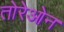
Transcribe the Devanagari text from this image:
तोरेओन